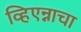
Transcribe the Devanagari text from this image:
व्हिएन्नाचा